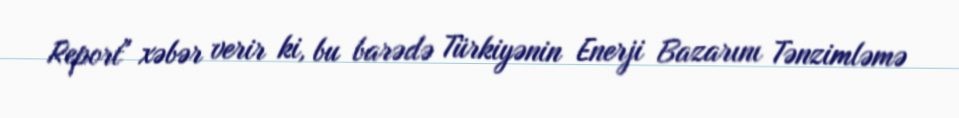
Report" xəbər verir ki, bu barədə Türkiyənin Enerji Bazarını Tənzimləmə